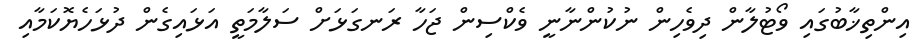
އިންތިޚާބުގައި ވޯޓުލާން ދިވެހިން ނުކުންނާނީ ވެކްސިން ޖަހާ ރަނގަޅަށް ސަލާމަތީ އަޅައިގެން ދުޅަހެޔޮކަމާއި